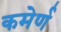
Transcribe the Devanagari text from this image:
कमेर्ण